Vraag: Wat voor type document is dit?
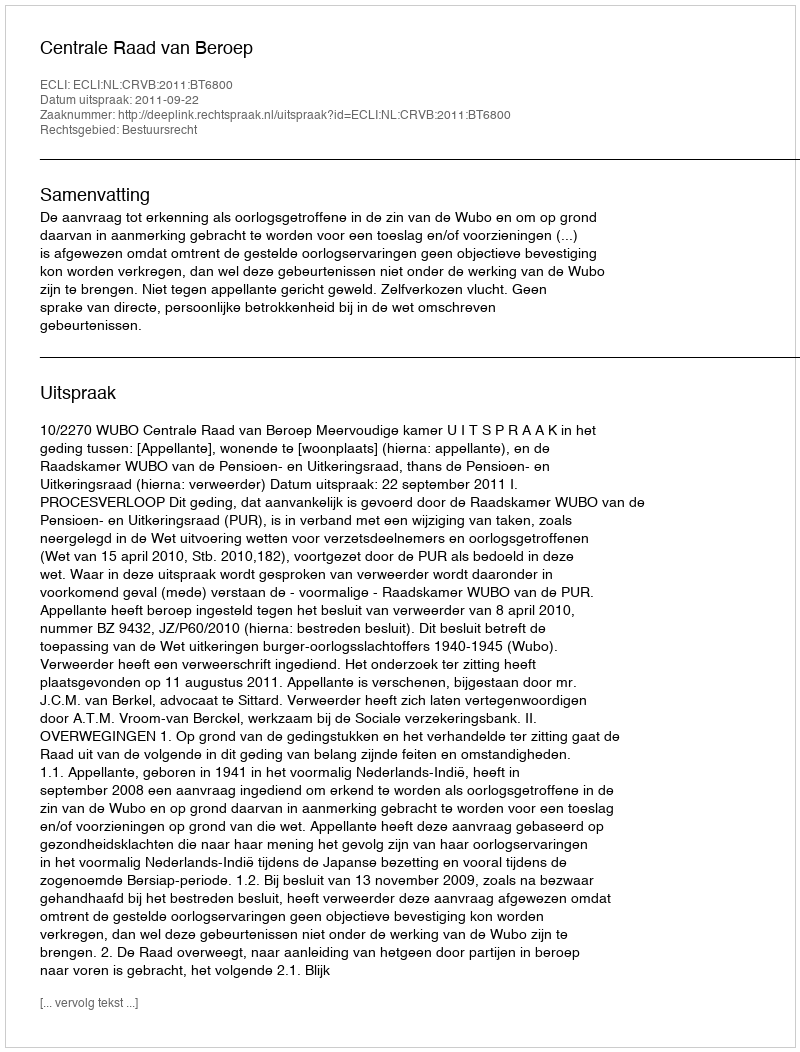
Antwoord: Uitspraak